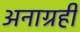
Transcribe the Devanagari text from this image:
अनाग्रही